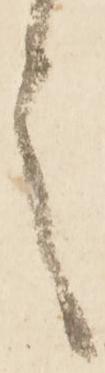
言